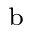
^ \mathrm { b }